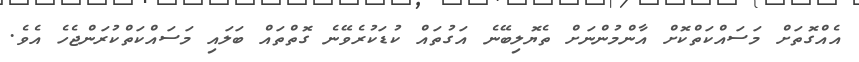
އެއްގޮތަށް މަސައްކަތްކޮށް އާންމުންނަށް ތެޔޮލިބޭނެ އަގުތައް ކުޑަކުރެވޭނެ ގޮތްތައް ބަލައި މަސައްކަތްކުރަންޖެހެ އެވެ.